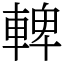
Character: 䡟